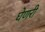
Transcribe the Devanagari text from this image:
घेणरी